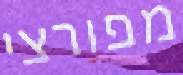
מפורצי